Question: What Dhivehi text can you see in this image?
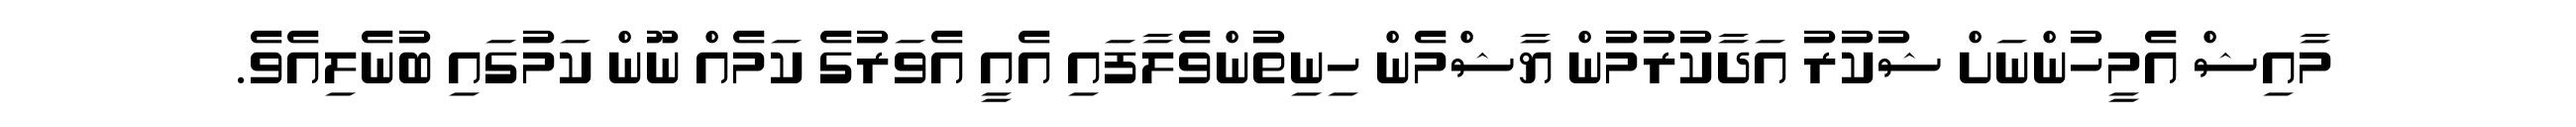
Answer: މާއިޝް އެމީހުންނަށް ޝުކުރު އަދާކުރުމުން ޔާޝްމެން ހިނިތުންވެލާފައި އެއީ އެވަރުގެ ކަމެއް ނޫން ކަމުގައި ބުނެލިއެވެ.